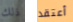
ذلك أعتقد